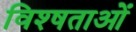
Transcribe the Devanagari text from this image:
विश्षताओं